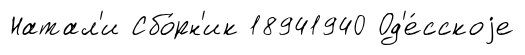
Натал'и Сбо́рн'ик 18941940 Од'е́сскоjе